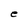
Character: e